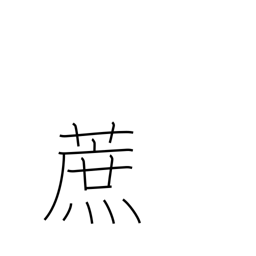
Meaning: sugar cane